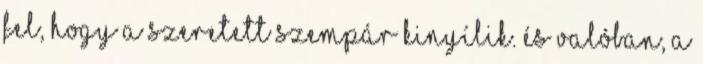
fel, hogy a szeretett szempár kinyílik. És valóban, a